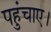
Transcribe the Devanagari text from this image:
पहुंचाए।